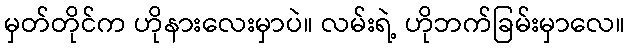
မှတ်တိုင်က ဟိုနားလေးမှာပဲ။ လမ်းရဲ့ ဟိုဘက်ခြမ်းမှာလေ။